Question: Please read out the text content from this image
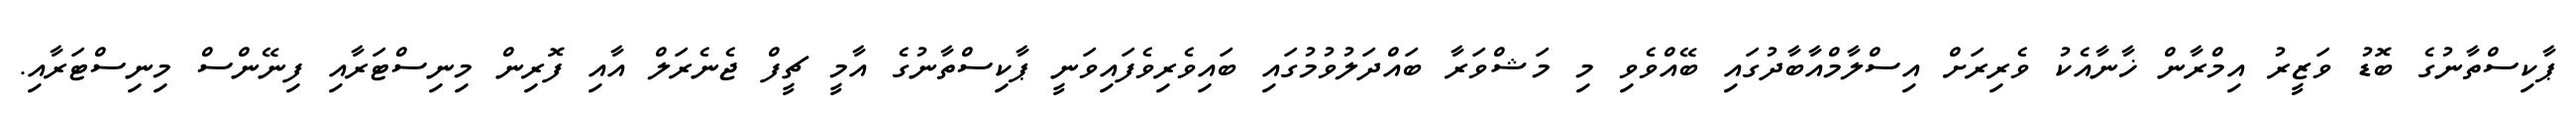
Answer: ޕާކިސްތާނުގެ ބޮޑު ވަޒީރު އިމްރާން ޚާނާއެކު ވެރިރަށް އިސްލާމްއާބާދުގައި ބޭއްވެވި މި މަޝްވަރާ ބައްދަލުވުމުގައި ބައިވެރިވެފައިވަނީ ޕާކިސްތާނުގެ އާމީ ޗީފް ޖެނެރަލް އާއި ފޮރިން މިނިސްޓަރާއި ފިނޭންސް މިނިސްޓަރާއި.